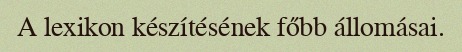
A lexikon készítésének főbb állomásai.